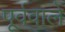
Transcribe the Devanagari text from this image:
पूर्ववाले